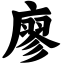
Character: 廖